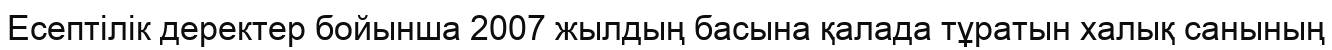
Есептілік деректер бойынша 2007 жылдың басына қалада тұратын халық санының